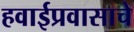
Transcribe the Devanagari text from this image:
हवाईप्रवासाचे